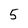
Character: 5